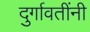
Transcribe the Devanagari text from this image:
दुर्गावतींनी